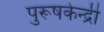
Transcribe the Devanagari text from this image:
पुरूषकेन्द्री